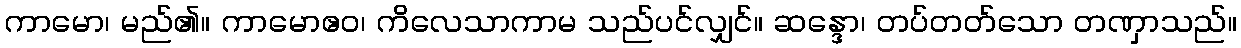
ကာမော၊ မည်၏။ ကာမောဧဝ၊ ကိလေသာကာမ သည်ပင်လျှင်။ ဆန္ဒော၊ တပ်တတ်သော တဏှာသည်။